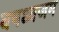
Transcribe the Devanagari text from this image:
वषध्वजम